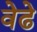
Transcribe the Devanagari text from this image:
वेढे